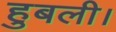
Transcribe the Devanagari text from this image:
हुबली।